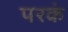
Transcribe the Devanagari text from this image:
परकं